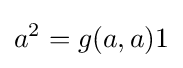
a^{2}=g(a,a)1